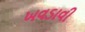
ખવડાવી